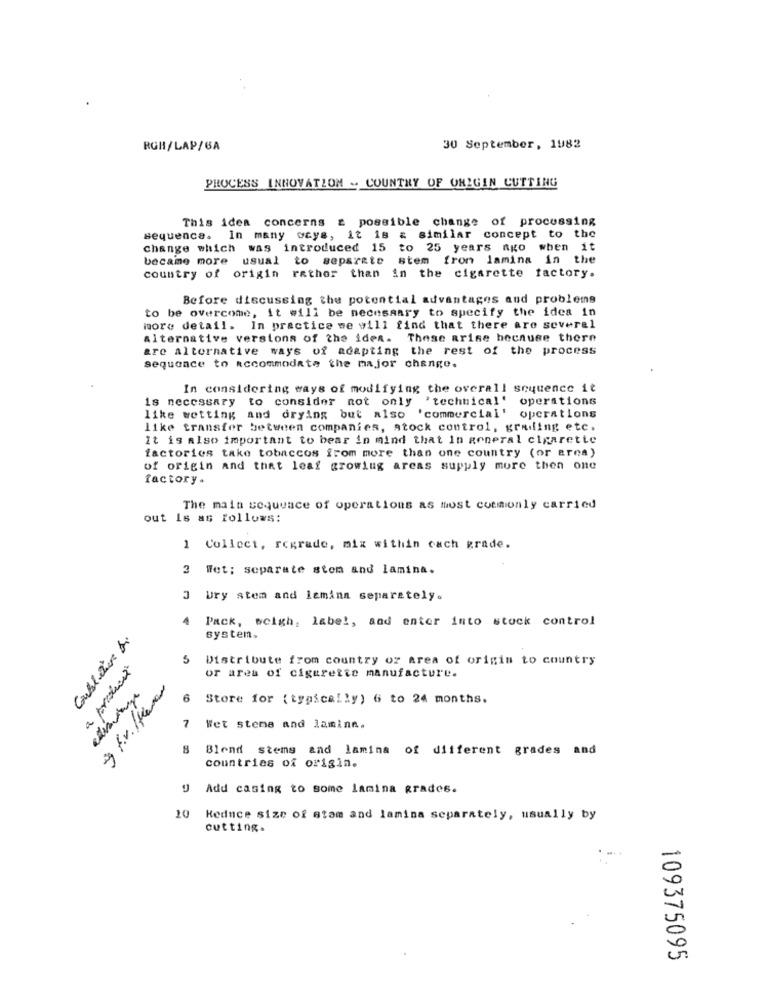
RGH/LAP/6A
30 September, 1982
PROCESS INNOVATION - COUNTRY OF ORIGIN CUTTING
This idea concerns z possible change of processing
sequence. In many ways, it is & similar concept to the
change which was introduced 15 to 25 years ago when it
became more usual to separate stem from lamina in the
country of origin rather than in the cigarette factory.
Before discussing the potential advantages and problems
to be overcome, it will be necessary to specify the idea in
more detail. In practice we will find that there are several
alternative versions of the idea. These arise because there
are alternative ways of adapting the rest of the process
sequence to accommodate the major change.
In considering ways of modifying the overall sequence it
is necessary to consider not only 'technical'
operations
like wetting and drying but also 'commercial'
operations
like transfer between companies, stock control, grading etc.
It is also important to bear in mind that In general cigarette
factories take tobaccos from more than one country (or area)
of origin and that leaf growing areas supply more then one
factory.
The main sequence of operations as most commonly carried
out Is as follows:
1 Collect, regrade, mix within cach grade.
3 Wet; separate stom and lamina.
J Ury stem and lemina separately.
Pack, scigh, label, and enter into stuck control
system.
5 Distribute from country or area of origin to country
a produção
or area of cigarette manufacture.
6 Store for ( typically) 6 to 24 months.
7 Wet stens and lamine.
8 Blend stems and lamina of different grades and
countries of origin.
9 Add casing to some lamina grades.
10 Reduce size of stam and lamina separately, usually by
cutting.
109375095